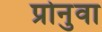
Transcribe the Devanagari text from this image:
प्रोनुवा